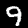
Digit: 9